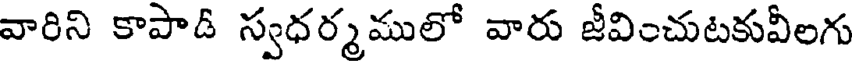
వారిని కాపాడీ స్వధర్మములో వారు జీవించుటకువీలగు